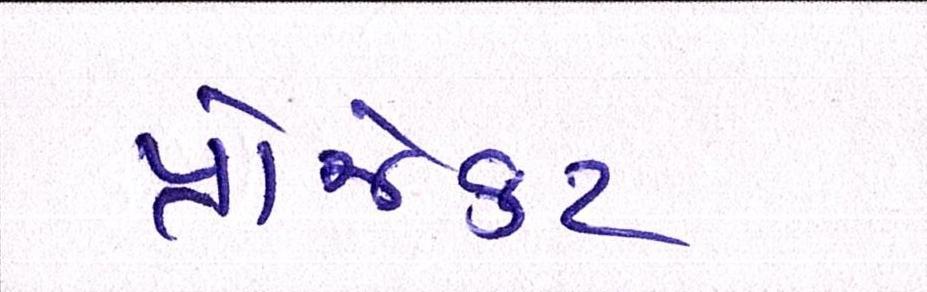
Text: પ્રોજેકટ